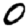
Digit: 0